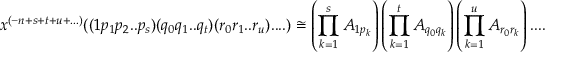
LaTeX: x ^ { ( - n + s + t + u + . . . ) } ( ( 1 p _ { 1 } p _ { 2 } . . p _ { s } ) ( q _ { 0 } q _ { 1 } . . q _ { t } ) ( r _ { 0 } r _ { 1 } . . r _ { u } ) . . . . ) \cong \left( \prod _ { k = 1 } ^ { s } A _ { 1 p _ { k } } \right) \left( \prod _ { k = 1 } ^ { t } A _ { q _ { 0 } q _ { k } } \right) \left( \prod _ { k = 1 } ^ { u } A _ { r _ { 0 } r _ { k } } \right) . . . . E _ { 0 }